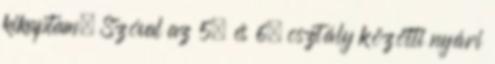
kikaptam. Szóval az 5. és 6. osztály közötti nyári